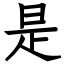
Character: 是